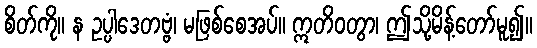
စိတ်ကို။ န ဥပ္ပါဒေတဗ္ဗံ၊ မဖြစ်စေအပ်။ ဣတိဝတွာ၊ ဤသို့မိန့်တော်မူ၍။